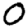
Digit: 0